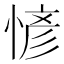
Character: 𢞆